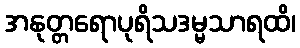
အနုတ္တရောပုရိသဒမ္မသာရထိ၊